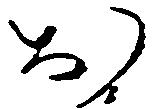
お